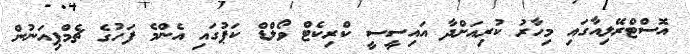
އޮސްޓްރޭލިއާގައި މިހާރު ކުރިއަށްދާ އައިސީސީ ކްރިކެޓް ވޯލްޑް ކަޕުގައި އެންމެ ފަހުގެ ޗެމްޕިއަނުން